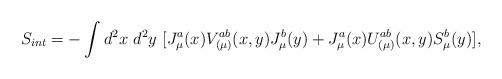
LaTeX: \begin{align*}S_{int} = - \int d^2x~d^2y~ [J^a_{\mu}(x) V^{ab}_{(\mu)}(x,y)J^b_{\mu}(y) + J^a_{\mu}(x) U^{ab}_{(\mu)}(x,y) S^b_{\mu}(y)],\end{align*}